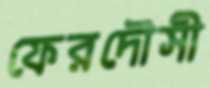
ফেরদৌসী